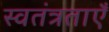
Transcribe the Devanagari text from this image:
स्वतंत्रताएँ